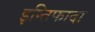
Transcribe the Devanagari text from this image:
इन्तिफादा